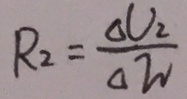
R _ { 2 } = \frac { \Delta V _ { 2 } } { \Delta W }